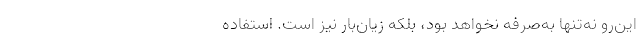
این‌رو نه‌تنها به‌صرفه نخواهد بود، بلکه زیان‌بار نیز است. استفاده